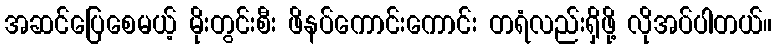
အဆင်ပြေစေမယ့် မိုးတွင်းစီး ဖိနပ်ကောင်းကောင်း တရံလည်းရှိဖို့ လိုအပ်ပါတယ်။